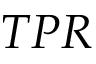
T P R